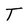
Character: T